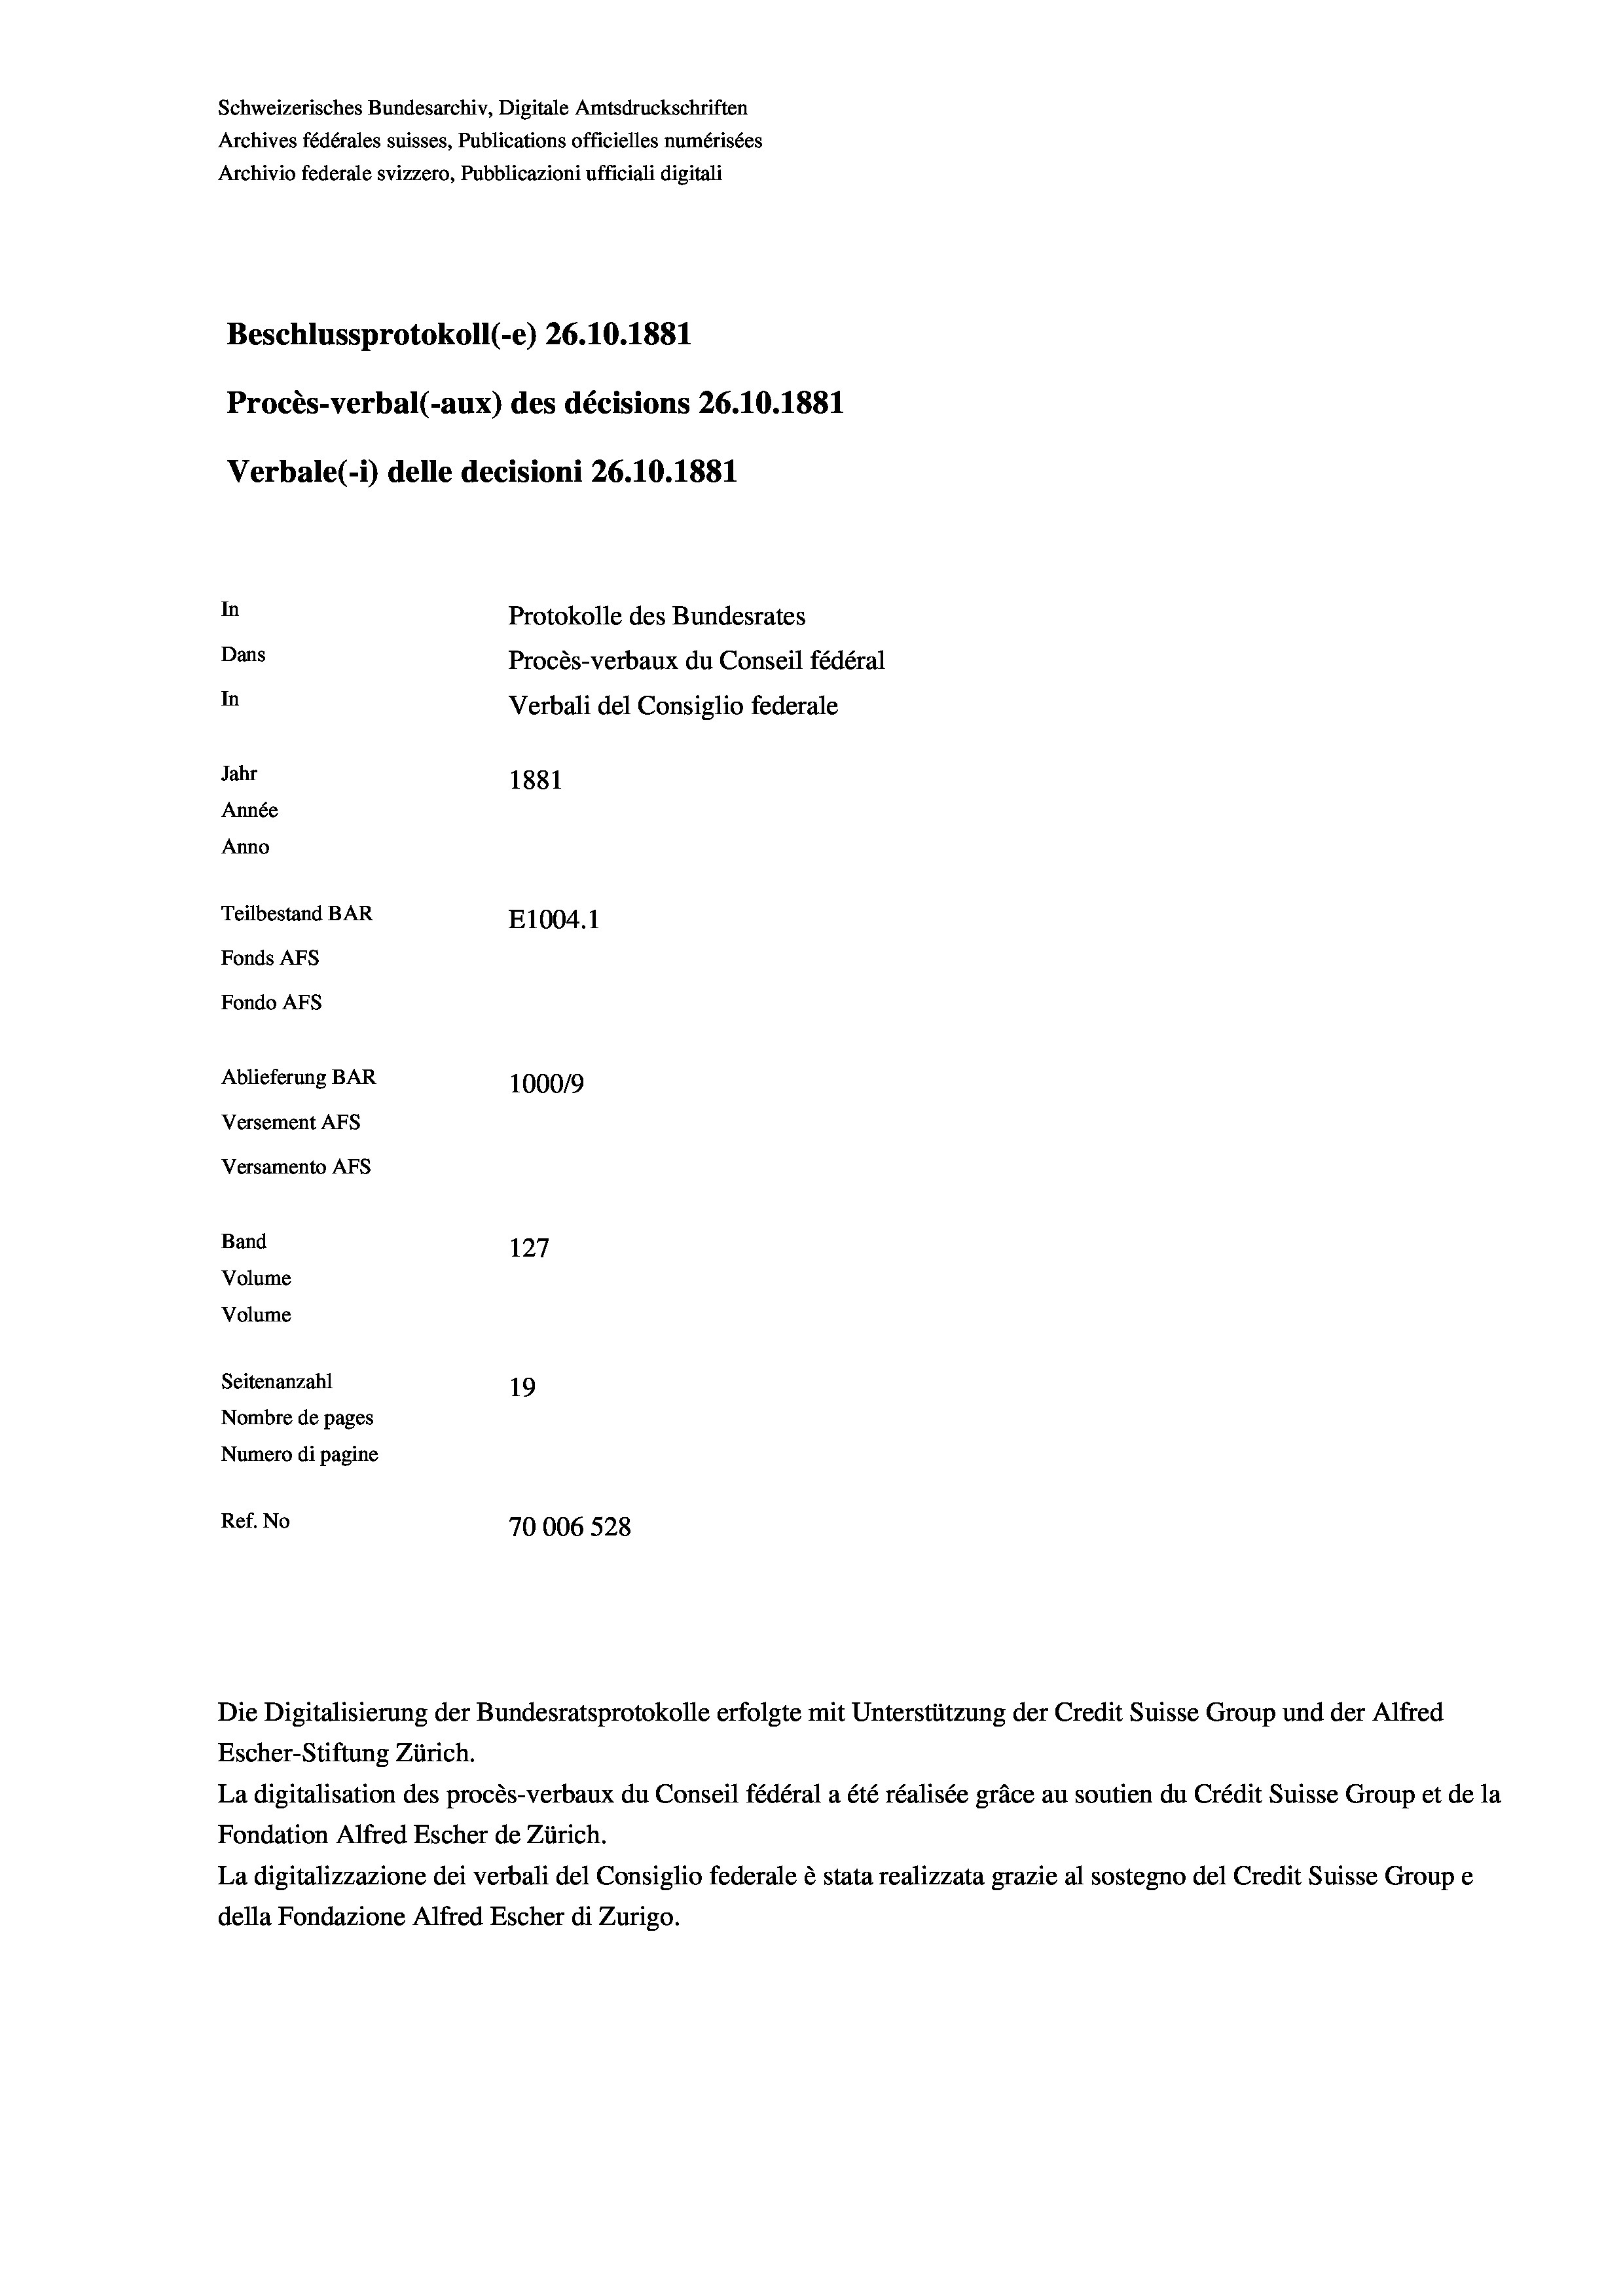
Schweizerisches Bundesarchiv, Digitale Amtsdruckschriften
Archives fédérales suisses, Publications officielles numérisées
Archivio federale svizzero, Pubblicazioni ufficiali digitali
Beschlussprotokoll (-e) 26.10.1881
Procès-verbal (-aux) des décisions 26.10.1881
Verbale (i) delle decisioni 26.10.1881
In
Protokolle des Bundesrates
Dans
Procès-verbaux du Conseil fédéral
In
Verbali del Consiglio federale
Jahr
1881
Année
Anno
Teilbestand BAR
E1004.1
Fonds AFs
Fondo AFs
Ablieferung BAR
1000/9
Versement Abs
Versamento AFs
Band
127
Volume
Volume
Seitenanzahl
19
Nombre de pages
Numero di pagine
Ref. No
70006528

Die Digitalisierung der Bundesratsprotokolle erfolgte mit Unterstützung der Credit Suisse Group und der Alfred
Escher-Stiftung Zürich.
La digitalisation des procès-verbaux du Conseil fédéral a été réalisée gräce au soutien du Crédit Suisse Group et de la
Fondation Alfred Escher de Zürich.
La digitalizzazione dei verbali del Consiglio federale è stata realizzata grazie al sostegno del Credit Suisse Groupe
della Fondazione Alfred Escher di Zurigo.